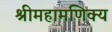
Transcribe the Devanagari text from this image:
श्रीमहामणिक्य